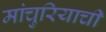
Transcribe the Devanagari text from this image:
मांचुरियाची